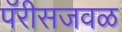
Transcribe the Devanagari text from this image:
पॅरीसजवळ